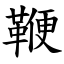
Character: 鞭